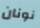
نونان